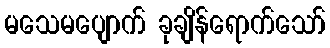
မသေမပျောက် ခုချိန်ရောက်သော်